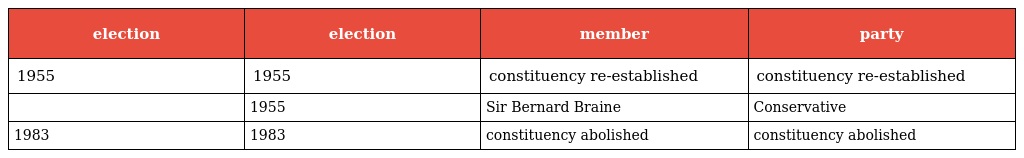
| election | election | member | party |
 | --- | --- | --- | --- |
 | 1955 | 1955 | constituency re-established | constituency re-established |
 |  | 1955 | Sir Bernard Braine | Conservative |
 | 1983 | 1983 | constituency abolished | constituency abolished |